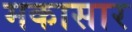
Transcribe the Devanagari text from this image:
मकासार